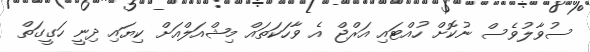
ސުވާލުވެސް ނުކޮށް ހުއްޓައި އަރްޖް އެ ވާހަކަތައް މިޝްއަލްއަށް ކިޔައި ދިނީ ހަގީގަތް